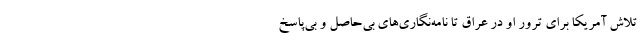
تلاش آمریکا برای ترور او در عراق تا نامه‌نگاری‌های بی‌حاصل و بی‌پاسخ